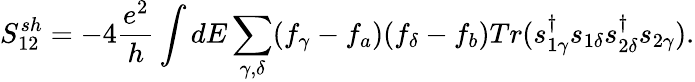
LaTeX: {S_{12}^{sh}}=-4\frac{e^{2}}{h}\int dE\sum_{\gamma,\delta}(f_{\gamma}-f_{a})(f_{\delta}-f_{b})Tr(s_{1\gamma}^{\dagger}s_{1\delta}s_{2\delta}^{\dagger}s_{2\gamma}).